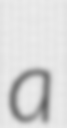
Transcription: a